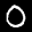
Label: 0